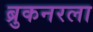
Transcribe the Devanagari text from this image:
ब्रुकनरला